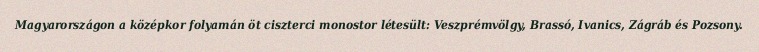
Magyarországon a középkor folyamán öt ciszterci monostor létesült: Veszprémvölgy, Brassó, Ivanics, Zágráb és Pozsony.